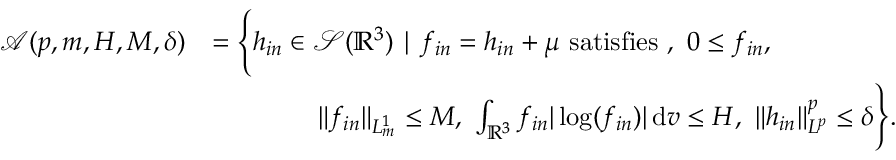
\begin{array} { r l } { \mathcal { A } ( p , m , H , M , \delta ) } & { = \Bigg \{ h _ { i n } \in \ensuremath { { \mathcal S } } ( \ensuremath { { \mathbb R } } ^ { 3 } ) \mid f _ { i n } = h _ { i n } + \mu \mathrm { ~ s a t i s f i e s ~ } , \ 0 \le f _ { i n } , } \\ & { \qquad \qquad \| f _ { i n } \| _ { L _ { m } ^ { 1 } } \le M , \ \int _ { \ensuremath { { \mathbb R } } ^ { 3 } } f _ { i n } | \log ( f _ { i n } ) | \, \mathrm { d } v \le H , \ \| h _ { i n } \| _ { L ^ { p } } ^ { p } \le \delta \Bigg \} . } \end{array}